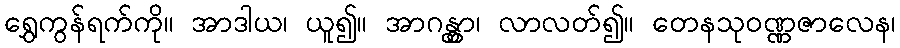
ရွှေကွန်ရက်ကို။ အာဒါယ၊ ယူ၍။ အာဂန္တွာ၊ လာလတ်၍။ တေနသုဝဏ္ဏဇာလေန၊